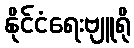
နိုင်ငံရေးဗျူရို